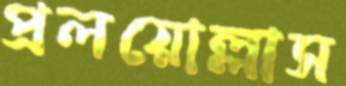
প্রলয়োল্লাস